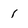
Character: 1